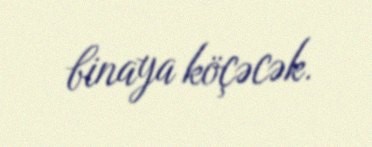
binaya köçəcək.